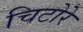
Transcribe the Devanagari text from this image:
चिटोरे